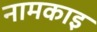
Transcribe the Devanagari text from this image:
नामकाइ